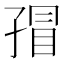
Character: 𰌬